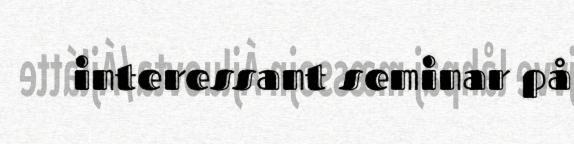
interessant seminar på